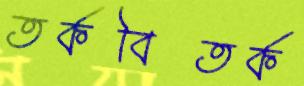
তর্কবিতর্ক